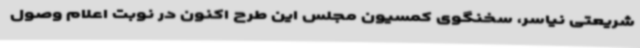
شریعتی نیاسر، سخنگوی کمسیون مجلس این طرح اکنون در نوبت اعلام وصول